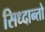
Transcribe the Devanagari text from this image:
सिध्दान्तो